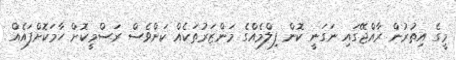
މީގެ އިތުރުން ރާއްޖޭގައި ނަގަނީ ކޮން ފިލްމެއްގެ މަންޒަރުތަކެއް ކަންވެސް ރަސްމީކޮށް ހާމަކޮށްފައެއް